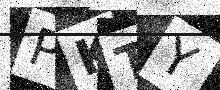
Text: PKTY